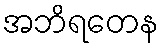
အဘိရတေန